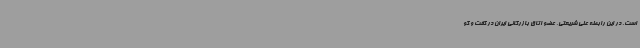
است. در این رابطه علی شریعتی، عضو اتاق بازرگانی ایران در گفت و گو